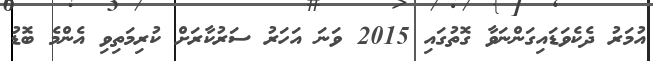
އުމަރު ދެކެވަޑައިގަންނަވާ ގޮތުގައި 2015 ވަނަ އަހަރު ސަރުކާރަށް ކުރިމަތިވި އެންމެ ބޮޑު